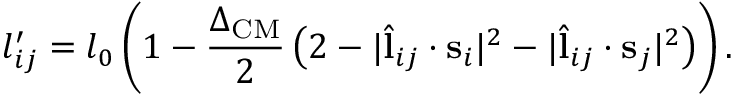
l _ { i j } ^ { \prime } = l _ { 0 } \left( 1 - \frac { \Delta _ { \mathrm { C M } } } { 2 } \left( 2 - | \hat { \mathbf { l } } _ { i j } \cdot \mathbf { s } _ { i } | ^ { 2 } - | \hat { \mathbf { l } } _ { i j } \cdot \mathbf { s } _ { j } | ^ { 2 } \right) \right) .